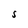
Character: S